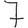
Digit: 7